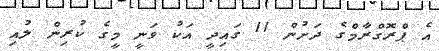
އެ ޕްރޮގްރާމްގެ ދަށުން 11 ގައިދީ އަކު ވަނީ މީގެ ކުރިން ލުއި